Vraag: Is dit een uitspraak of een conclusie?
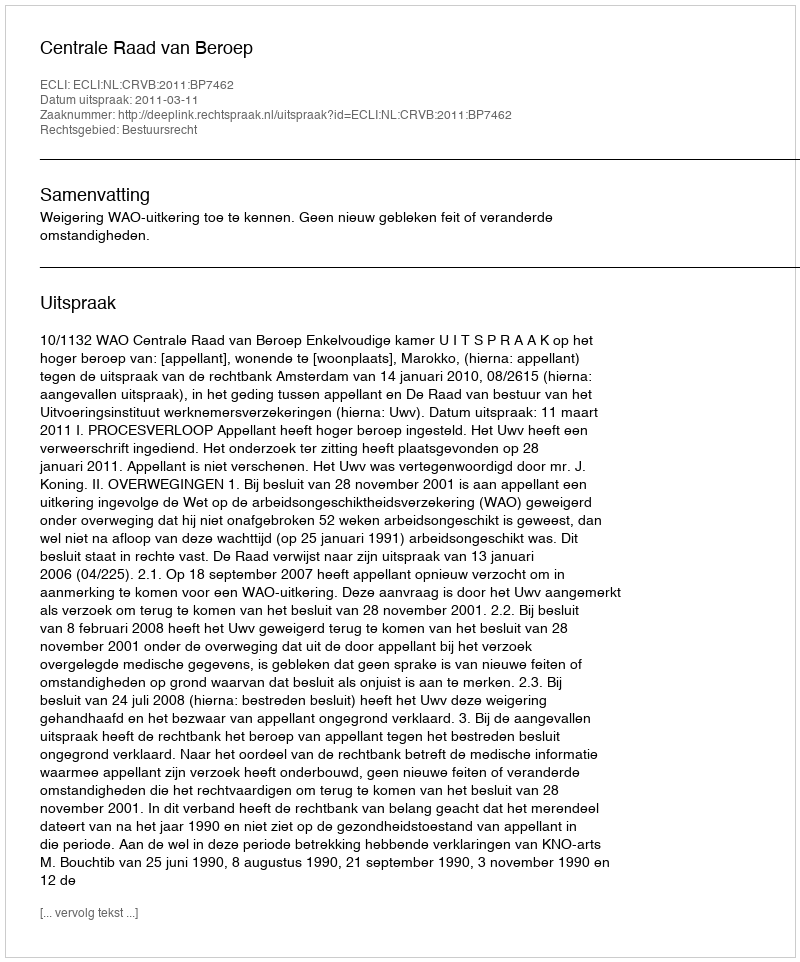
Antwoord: Uitspraak